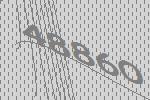
48860